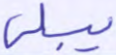
يبلى